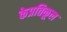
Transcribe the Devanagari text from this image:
केप्रतिकूल